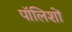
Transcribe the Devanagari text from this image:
पॉलिशों